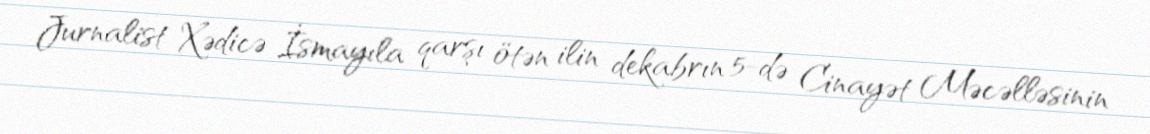
Jurnalist Xədicə İsmayıla qarşı ötən ilin dekabrın 5-də Cinayət Məcəlləsinin